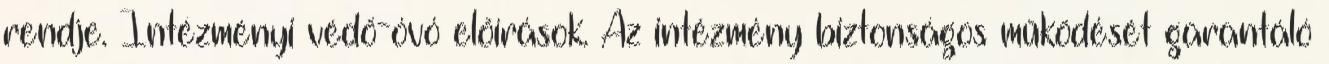
rendje. Intézményi védő-óvó előírások. Az intézmény biztonságos működését garantáló